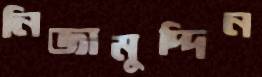
নিজামুদ্দিন